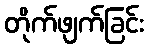
တိုက်ဖျက်ခြင်း